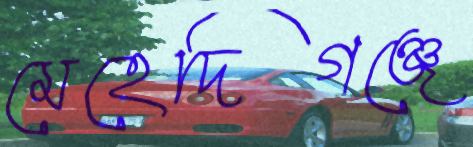
মেহেদিগঞ্জে